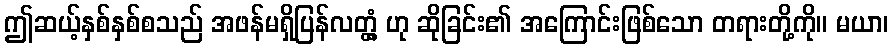
ဤဆယ့်နှစ်နှစ်စသည် အဖန်မရှိပြန်လတ္တံ့ ဟု ဆိုခြင်း၏ အကြောင်းဖြစ်သော တရားတို့ကို။ မယာ၊